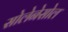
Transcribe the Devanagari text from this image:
सोलेनेसोल